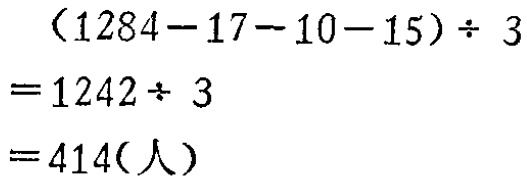
\[
\begin{align*}
&(1284 - 17 - 10 - 15) \div 3\\
=&1242\div 3\\
=&414(\text{人})
\end{align*}
\]